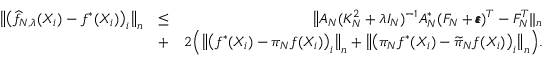
\begin{array} { r l r } { \big \| \big ( \widehat f _ { N , \lambda } ( X _ { i } ) - f ^ { * } ( X _ { i } ) \big ) _ { i } \big \| _ { n } } & { \leq } & { \big \| A _ { N } ( K _ { N } ^ { 2 } + \lambda I _ { N } ) ^ { - 1 } A _ { N } ^ { * } ( F _ { N } + \pmb \varepsilon ) ^ { T } - F _ { N } ^ { T } \| _ { n } } \\ & { + } & { 2 \Big ( \big \| \big ( f ^ { * } ( X _ { i } ) - \pi _ { N } f ( X _ { i } ) \big ) _ { i } \big \| _ { n } + \big \| \big ( \pi _ { N } f ^ { * } ( X _ { i } ) - \widetilde \pi _ { N } f ( X _ { i } ) \big ) _ { i } \big \| _ { n } \Big ) . } \end{array}